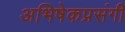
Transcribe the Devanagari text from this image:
अभिषेकप्रसंगी